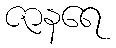
ဇာနရေ